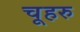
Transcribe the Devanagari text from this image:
चूहरु